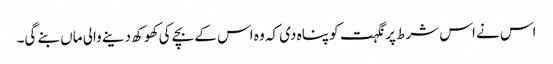
اس نے اس شرط پر نگہت کو پناہ دی کہ وہ اس کے بچے کی کھوکھ دینے والی ماں بنے گی۔